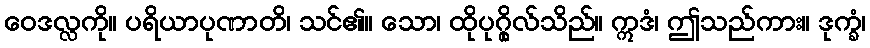
ဝေဒလ္လကို။ ပရိယာပုဏာတိ၊ သင်၏။ သော၊ ထိုပုဂ္ဂိုလ်သိည်။ ဣဒံ၊ ဤသည်ကား။ ဒုက္ခံ၊